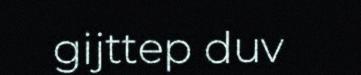
gijttep duv